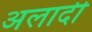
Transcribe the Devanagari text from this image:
अलादी